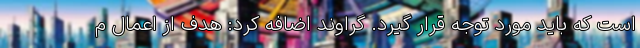
است که باید مورد توجه قرار گیرد. گراوند اضافه کرد: هدف از اعمال م